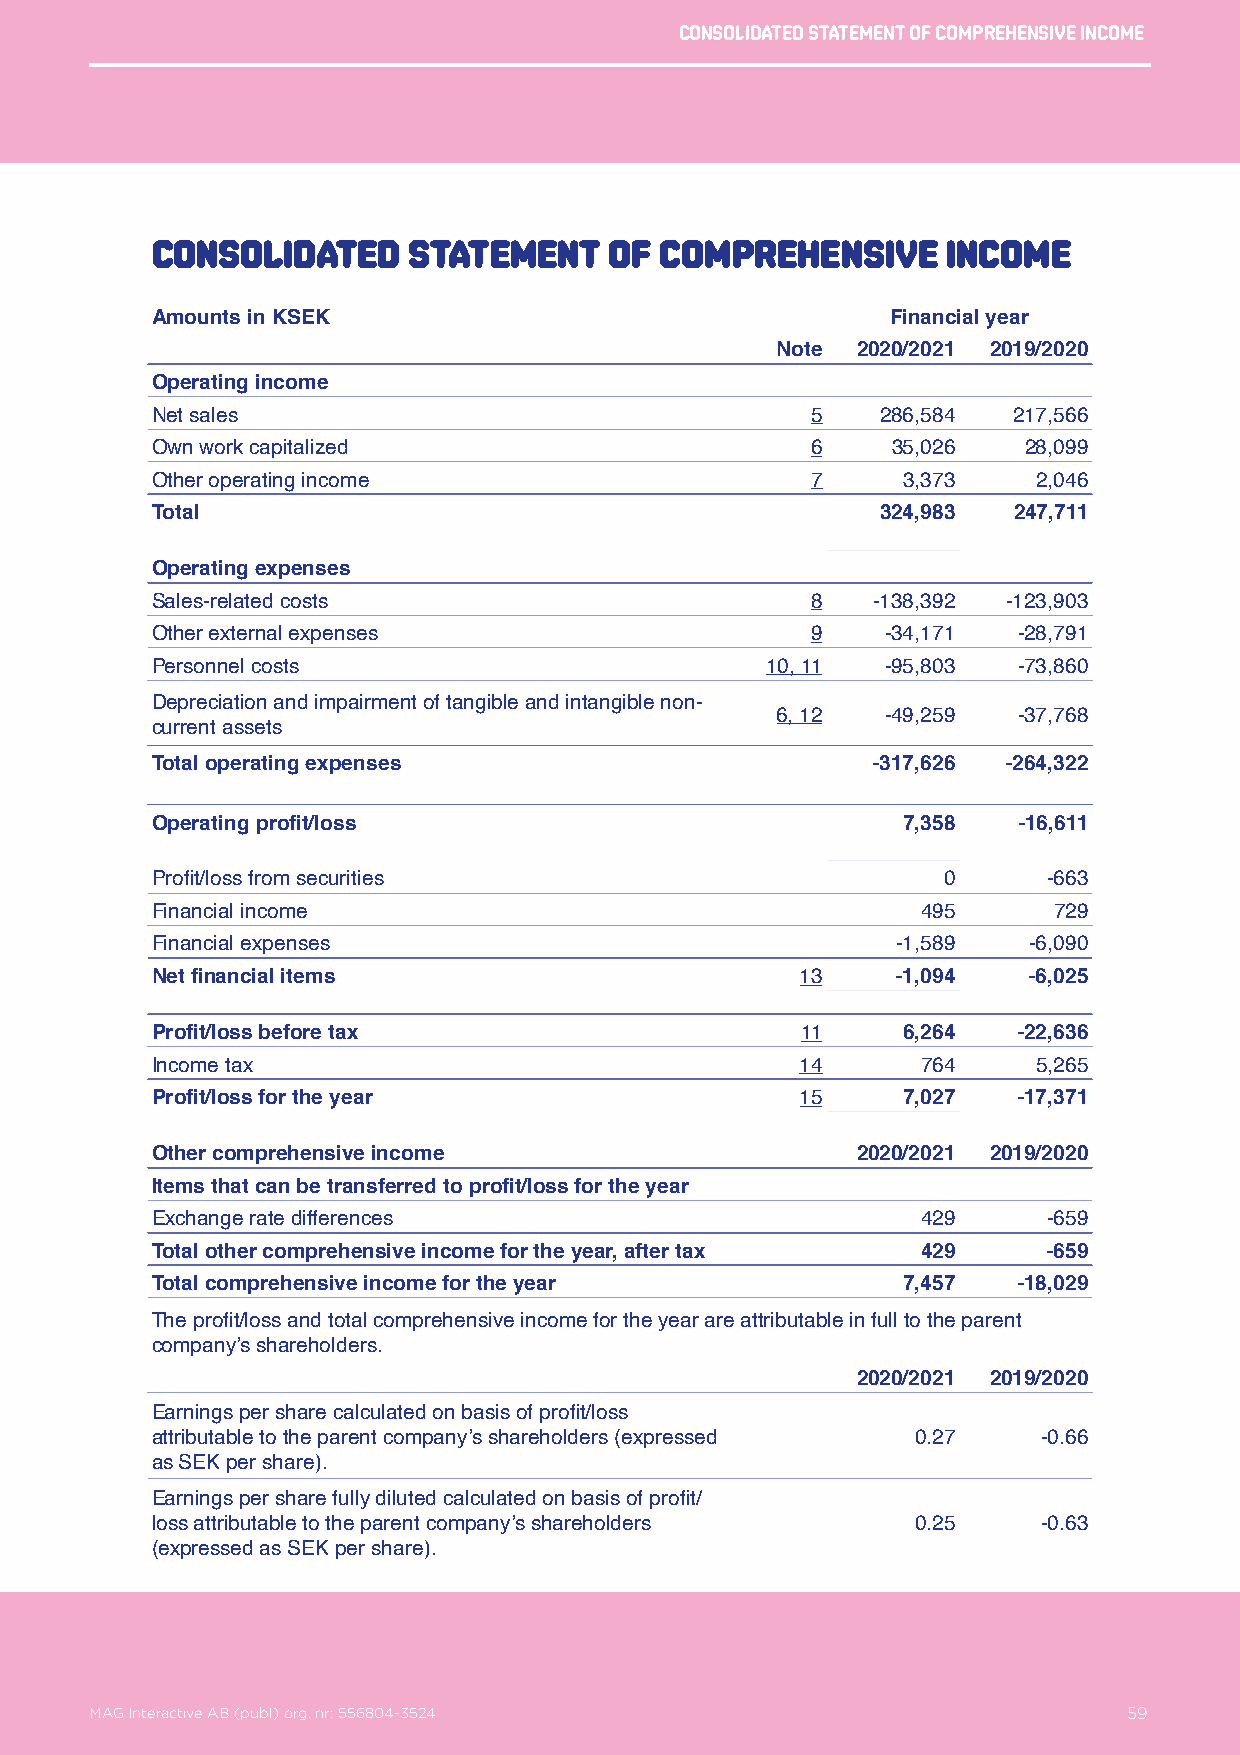
Consolidated statement of comprehensive income
 Consolidated     statement    of  comprehensive      income
 Amounts in KSEK                                  Financial year
 Note  2020/2021 2019/2020
 Operating income
 Net sales                                   5   286,584  217,566
 Own work capitalized                        6    35,026   28,099
 Other operating income                      7     3,373    2,046
 Total                                           324,983  247,711
 Operating expenses
 Sales-related costs                         8   -138,392 -123,903
 Other external expenses                     9    -34,171 -28,791
 Personnel costs                          10, 11  -95,803 -73,860
 Depreciation and impairment of tangible and intangible non-
 6, 12   -49,259 -37,768
 current assets
 Total operating expenses                        -317,626 -264,322
 Operating profit/loss                             7,358  -16,611
 Profit/loss from securities                         0      -663
 Financial income                                   495      729
 Financial expenses                               -1,589   -6,090
 Net financial items                        13    -1,094   -6,025
 Profit/loss before tax                     11     6,264  -22,636
 Income tax                                 14      764     5,265
 Profit/loss for the year                   15     7,027  -17,371
 Other comprehensive income                     2020/2021 2019/2020
 Items that can be transferred to profit/loss for the year
 Exchange rate differences                          429     -659
 Total other comprehensive income for the year, after tax 429 -659
 Total comprehensive income for the year           7,457  -18,029
 The profit/loss and total comprehensive income for the year are attributable in full to the parent
 company’s shareholders.
 2020/2021 2019/2020
 Earnings per share calculated on basis of profit/loss
 attributable to the parent company’s shareholders (expressed 0.27 -0.66
 as SEK per share).
 Earnings per share fully diluted calculated on basis of profit/
 loss attributable to the parent company’s shareholders 0.25 -0.63
 (expressed as SEK per share).
 MAG Interactive AB (publ) org. nr: 556804-3524                   59
 MAG Interactive AB (publ) org. nr: 556804-3524                       59